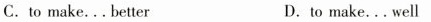
C.to make...better D.to make...well